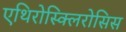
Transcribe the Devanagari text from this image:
एथिरोस्क्लिरोसिस